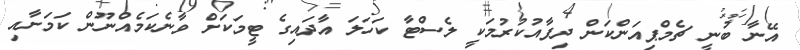
އޭނާ ބުނީ ޗެމްޕިއަންކަން ދިފާއުކުރުމަކީ ލެސްޓާ ކަހަލަ އާދައިގެ ޓީމަކަށް ވާނެކަމެއްނޫން ކަމަށާއި